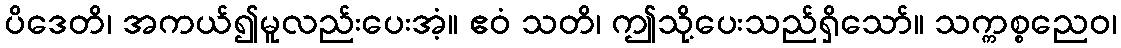
ပိဒေတိ၊ အကယ်၍မူလည်းပေးအံ့။ ဧဝံ သတိ၊ ဤသို့ပေးသည်ရှိသော်။ သက္ကစ္စညေဝ၊